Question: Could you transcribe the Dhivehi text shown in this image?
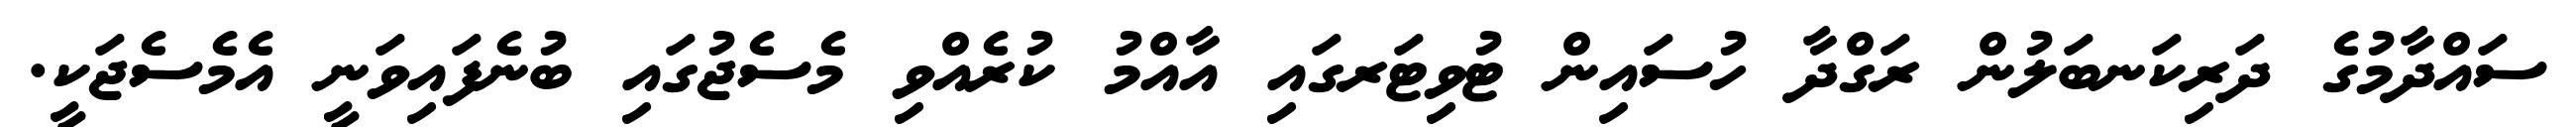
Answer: ސައްދާމުގެ ދަރިކަނބަލުން ރަގްދާ ހުސައިން ޓުވިޓަރގައި އާއްމު ކުރެއްވި މެސެޖުގައި ބުނެފައިވަނީ އެމެސެޖަކީ.